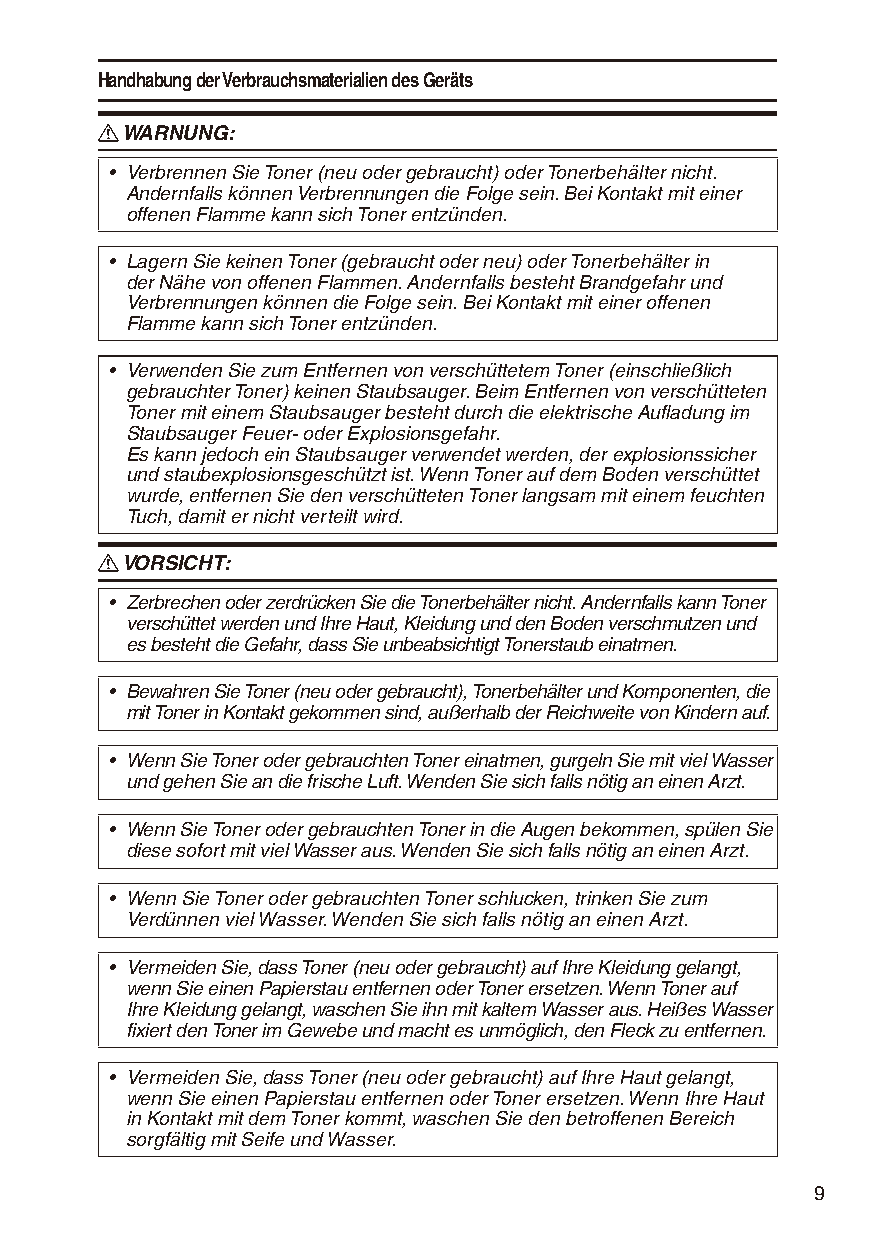
Handhabung der Verbrauchsmaterialien des Geräts
 R WARNUNG:
 • Verbrennen Sie Toner (neu oder gebraucht) oder Tonerbehälter nicht.
 Andernfalls können Verbrennungen die Folge sein. Bei Kontakt mit einer
 offenen Flamme kann sich Toner entzünden.
 • Lagern Sie keinen Toner (gebraucht oder neu) oder Tonerbehälter in
 der Nähe von offenen Flammen. Andernfalls besteht Brandgefahr und
 Verbrennungen können die Folge sein. Bei Kontakt mit einer offenen
 Flamme kann sich Toner entzünden.
 • Verwenden Sie zum Entfernen von verschüttetem Toner (einschließlich
 gebrauchter Toner) keinen Staubsauger. Beim Entfernen von verschütteten
 Toner mit einem Staubsauger besteht durch die elektrische Aufladung im
 Staubsauger Feuer- oder Explosionsgefahr.
 Es kann jedoch ein Staubsauger verwendet werden, der explosionssicher
 und staubexplosionsgeschützt ist. Wenn Toner auf dem Boden verschüttet
 wurde, entfernen Sie den verschütteten Toner langsam mit einem feuchten
 Tuch, damit er nicht verteilt wird.
 R VORSICHT:
 • Zerbrechen oder zerdrücken Sie die Tonerbehälter nicht. Andernfalls kann Toner
 verschüttet werden und Ihre Haut, Kleidung und den Boden verschmutzen und
 es besteht die Gefahr, dass Sie unbeabsichtigt Tonerstaub einatmen.
 • Bewahren Sie Toner (neu oder gebraucht), Tonerbehälter und Komponenten, die
 mit Toner in Kontakt gekommen sind, außerhalb der Reichweite von Kindern auf.
 • Wenn Sie Toner oder gebrauchten Toner einatmen, gurgeln Sie mit viel Wasser
 und gehen Sie an die frische Luft. Wenden Sie sich falls nötig an einen Arzt.
 • Wenn Sie Toner oder gebrauchten Toner in die Augen bekommen, spülen Sie
 diese sofort mit viel Wasser aus. Wenden Sie sich falls nötig an einen Arzt.
 • Wenn Sie Toner oder gebrauchten Toner schlucken, trinken Sie zum
 Verdünnen viel Wasser. Wenden Sie sich falls nötig an einen Arzt.
 • Vermeiden Sie, dass Toner (neu oder gebraucht) auf Ihre Kleidung gelangt,
 wenn Sie einen Papierstau entfernen oder Toner ersetzen. Wenn Toner auf
 Ihre Kleidung gelangt, waschen Sie ihn mit kaltem Wasser aus. Heißes Wasser
 fixiert den Toner im Gewebe und macht es unmöglich, den Fleck zu entfernen.
 • Vermeiden Sie, dass Toner (neu oder gebraucht) auf Ihre Haut gelangt,
 wenn Sie einen Papierstau entfernen oder Toner ersetzen. Wenn Ihre Haut
 in Kontakt mit dem Toner kommt, waschen Sie den betroffenen Bereich
 sorgfältig mit Seife und Wasser.
 9